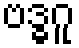
ဗဒ္ဓဂူ